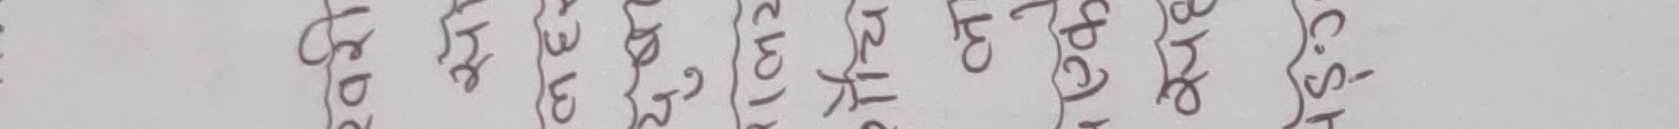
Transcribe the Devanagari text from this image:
८ C.S.-
९,१
१,७
२,१
१२,१
२,४
१३,१
११,२
३ क
२५,८
७,३
८,५